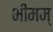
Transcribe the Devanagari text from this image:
भीमम्